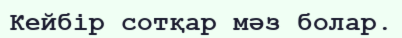
Кейбір сотқар мәз болар.